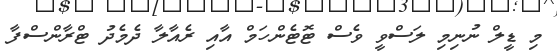
މި ޑީލް ނުނިމި ލަސްވީ ވެސް ޓޮޓެންހަމް އާއި ރެއާލާ ދެމެދު ޓްރާންސްފާ